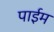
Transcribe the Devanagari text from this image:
पाईम